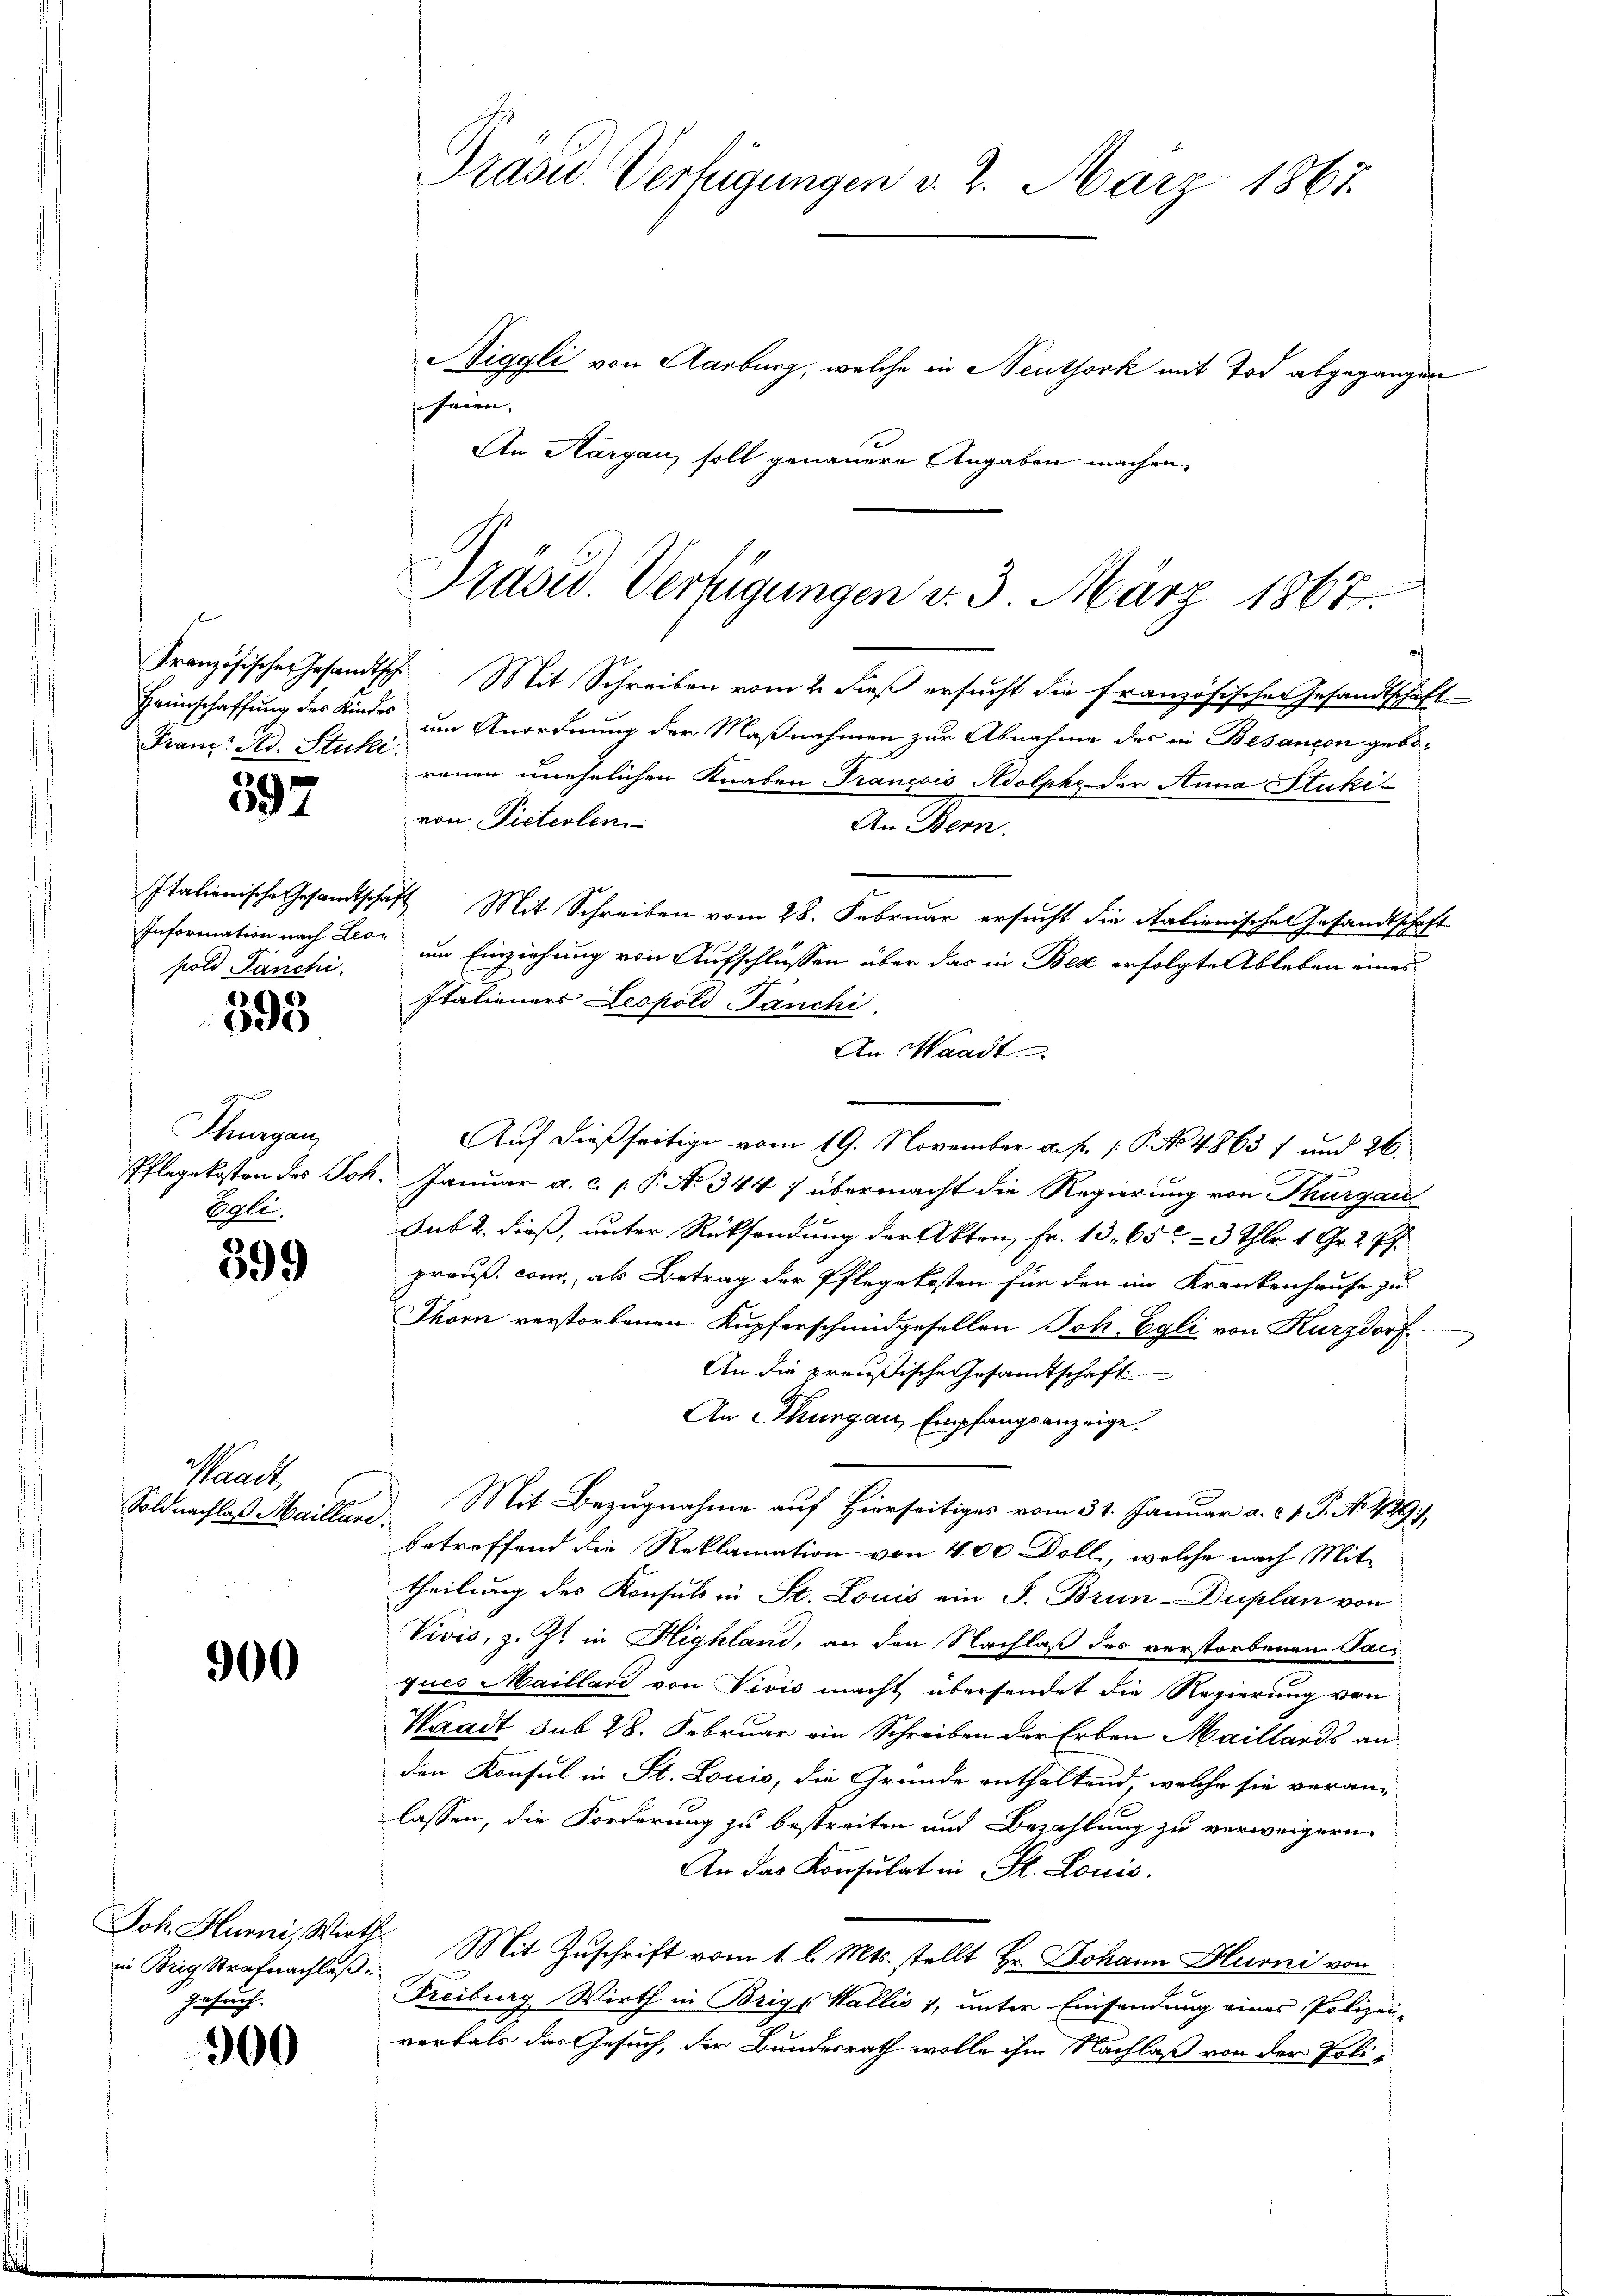
Franz. Ad. Stucki.

597

pold Danchi.

393

Thurgau,
Pflegekosten des Joh
Poll.

599

Sanct
Soldnachlaß Mailler.

900

in Brig, Strafnachlaß.
Ziehung.

300

Niggli von Aarburg, welche in Seuthork mit Tod abgegangen
seien.
An Aargau, soll genauere Angaben machen,

Französischer Gesandtsche Mit Schreiben vom 2. dieß ersucht die französischen Gesandtschaft
Heimschaffung des Kindes um Anordnung der Maßnahmen zur Abnahme des in Besancen geborenen unehelichen Knaben Trancois Adolphe der Anna Stukivon Pieterlen.
An Bern.
Italienische Gesandtschaft Mit Schreiben vom 28. Februar ersucht die italienischen Gesandtschaft
Information nach Dir um Einziehung von Aufschlüssen über das in Bex erfolgte Ableben eines
stationers Leopold Panchi
An Waadt
Auf dießseitige vom 19. November a. p. 1. P. No 4863 f und 26.
2. Januar a. c. p. P. No 344 7 übermacht die Regierung von Thurgau
sub 2. dieß, unter Rücksendung der Akten Fr. 13. 65 - 3 Thlr. 1 Gr. 2 Pf.
preuß. cong, als Betrag der Pflegekosten für den im Krankenhause zu
Thorn verstorbenen Kupferschmidgesellen Joh. Egli von Kurzdorf
An die preußische Gesamtschaft
An Thurgau, Empfangsanzeige.
Mit Bezugnahme auf Hierseitiges vom 31. Januar a. c. 1. P. N. 449),
d
betreffend die Reklamation von 400 Doll, welche nach Mittheilung des Konsuls in St. Louis ein J. Brun-Duplan von
Vivis, z. Zt. in Highland, an den Nachlaß des verstorbenen Paci
ques Maillan von Nivis macht übersendet die Regierung von
Waadt sub 28. Februar ein Schreiben der Erben Maillards an
den Konsul in St. Louis, die Gründe enthaltend, welche sie veranlassen, die Forderung zu bestreiten und Bezahlung zu verweigern.
An das Konsulat in St. Louis
Joh. Hurni, Wirth Mit Zuschrift vom 1. l. Mts. stellt Hr. Johann Hurni von
Freiburg Wirth in Brigs Wallis 1, unter Einsendung eines Polizei-
verbald das Gesuch, der Bundesrath wolle ihm Nachlaß von der Poli¬

Präsid.. Verfügungen d. 2. März 1867

Präsid. Verfügungen v. 3. März 1867.